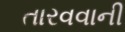
તારવવાની